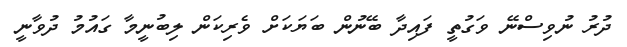
ދުރު ނުވިސްނޭ ވަގުތީ ފައިދާ ބޭނުން ބަޔަކަށް ވެރިކަން ލިބުނީމާ ގައުމު ދުވާނީ